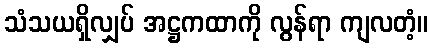
သံသယရှိလျှပ် အဋ္ဌကထာကို လွန်ရာ ကျလတံ့။